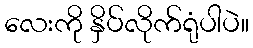
လေးကို နှိပ်လိုက်ရုံပါပဲ။